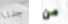
جدنا من